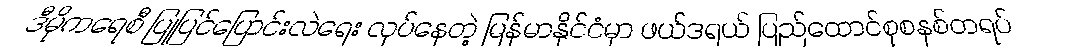
ဒီမိုကရေစီ ပြုပြင်ပြောင်းလဲရေး လုပ်နေတဲ့ မြန်မာနိုင်ငံမှာ ဖယ်ဒရယ် ပြည်ထောင်စုစနစ်တရပ်